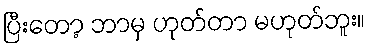
ပြီးတော့ ဘာမှ ဟုတ်တာ မဟုတ်ဘူး။